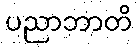
ပညာဘာတိ